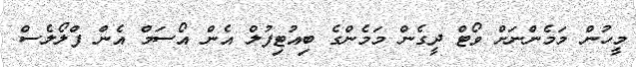
މީހުން މަމެންނަށް ވޯޓް ދީގެން މަމެންގެ ބިއުޓިފުލް އެން އޯސަމް އެން ފްލޯލެސް